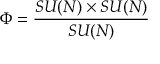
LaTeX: \Phi = { \frac { S U ( N ) \times S U ( N ) } { S U ( N ) } }